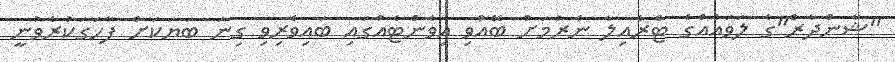
"ޝާންދާރް"ގެ ލަވައެއްގެ ޓްރެއިލާ ނެރުމަށް ބޭއްވި އިވެންޓެއްގައި ބައިވެރިވި ގިނަ ބަަޔަކަށް ފާހަގަކުރެވުނީ